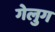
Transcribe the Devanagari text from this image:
गेलुग